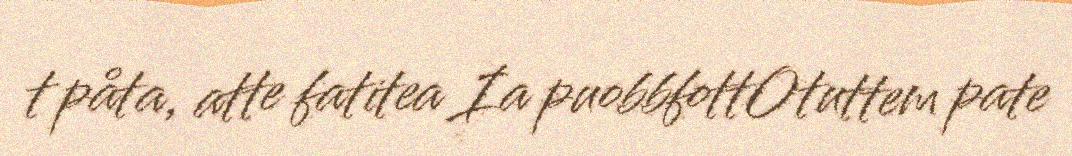
t påta, atte fatitea Ia puobbfottOtuttem pate